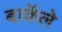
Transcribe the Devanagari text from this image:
बार्केले